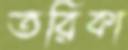
তরিকা